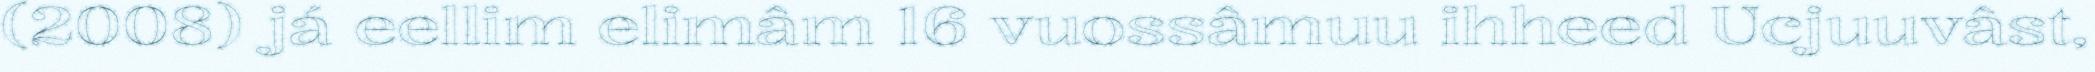
(2008) já eellim elimâm 16 vuossâmuu ihheed Ucjuuvâst,